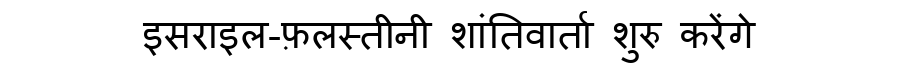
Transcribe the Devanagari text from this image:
इसराइल-फ़लस्तीनी शांतिवार्ता शुरु करेंगे